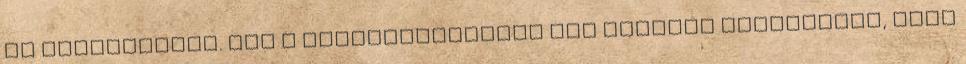
Az életenergia. Ezt a tanítványaimmal úgy szoktam megértetni, hogy